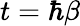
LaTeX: t=\hbar\beta